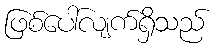
ဖြစ်ပေါ်လျက်ရှိသည်